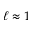
\ell \approx 1